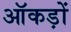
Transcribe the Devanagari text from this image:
ऑकड़ों